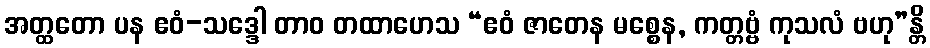
အတ္ထတော ပန ဧဝံ-သဒ္ဒေါ တာဝ တထာဟေသ “ဧဝံ ဇာတေန မစ္စေန, ကတ္တဗ္ဗံ ကုသလံ ဗဟု”န္တိ